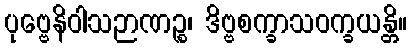
ပုဗ္ဗေနိဝါသဉာဏဉ္စ၊ ဒိဗ္ဗစက္ခာသဝက္ခယန္တိ။